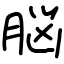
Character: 脳